Civil Veterinary Department Bihar & Orissa reports 1922-29 - 1922-1929
Year: 1922
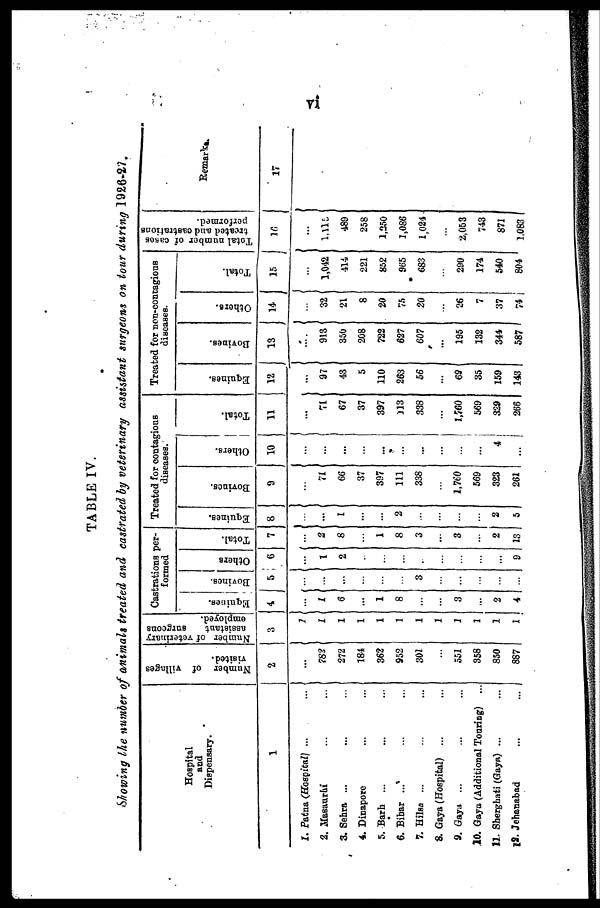
TABLE IV.
Stowing the number of animals treated and castrated by veterinary assistant surgeons on tour during 1926-47.
Hospital
and
Dispensary.
1
I. Patne. (Hospital) ...
2. Masaurhi
3. Sehra ...
4. Dinapore
5. Barb ...
6. Bihar ...
7. Hila ...
8. Gaya (Hospital) ...
9. Gaya ...
10. Gaya (Additional Tonring)
11. Shergbati (Gaya) ...
l9. Jehanabad
Number of Tillages
visited.
2
...
782
272
184
362
952
301
551
358
850
887
Number of veterinary
assistant
Burgeons
employed.
3
Castrations per-
formed
Equines.
4
I
6
...
1
8
3
2
4
Bovincs.
5
...
...
3
Others
6
1
2
9
1 Total.
7
...
2
8
1
8
3
...
3
2
13
Treated for contagions
diseases.
Equines.
8
..
...
I
2
2
5
Bovincs.
1
...
71
66
37
397
111
338
1,760
569
323
261
Others.
10
...
...
...
...
...
...
...
...
...
4
...
Total.
12
....
71
67
37
397
113
338
...
1,760
569
329
266
Treated for non-contagious
diseases.
Equines.
12
...
97
43
5
110
263
56
69
35
159
143
Bovines.
13
....
913
350
208
722
627
607
195
132
344
587
Others.
14
...
32
21
8
20
75
20
26
7
37
74
Total.
15
...
1,042
414
221
852
965
683
290
174
540
804
Total number
of caso6
treated and castrations
performed.
16
...
1.115
489
258
1,250
1,086
1,024
2,053
743
871
1.083
Remarks.
17